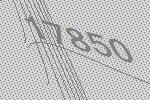
17850